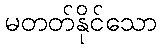
မတတ်နိုင်သော